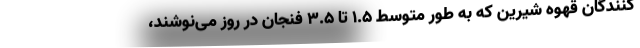
کنندگان قهوه شیرین که به طور متوسط ۱.۵ تا ۳.۵ فنجان در روز می‌نوشند،